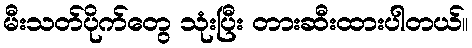
မီးသတ်ပိုက်တွေ သုံးပြီး တားဆီးထားပါတယ်။